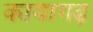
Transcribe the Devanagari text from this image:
कायागढ़